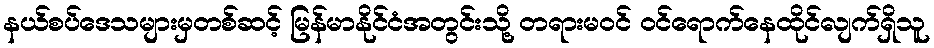
နယ်စပ်ဒေသများမှတစ်ဆင့် မြန်မာနိုင်ငံအတွင်းသို့ တရားမဝင် ဝင်ရောက်နေထိုင်လျက်ရှိသူ